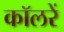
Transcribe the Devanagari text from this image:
कॉलरें